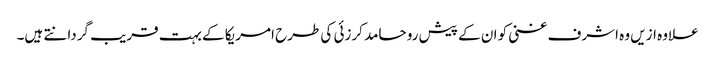
علاوہ ازیں وہ اشرف غنی کو ان کے پیش رو حامد کرزئی کی طرح امریکا کے بہت قریب گردانتے ہیں۔